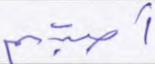
أصبتم